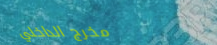
مخرج الداخلي